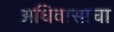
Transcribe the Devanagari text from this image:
अधिवासाचा